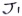
Text: J1